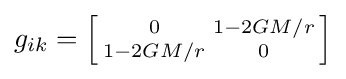
\textstyle g_{ik}=\left[{\begin{smallmatrix}0&1-{2GM}/{r}\\1-{2GM}/{r}&0\end{smallmatrix}}\right]